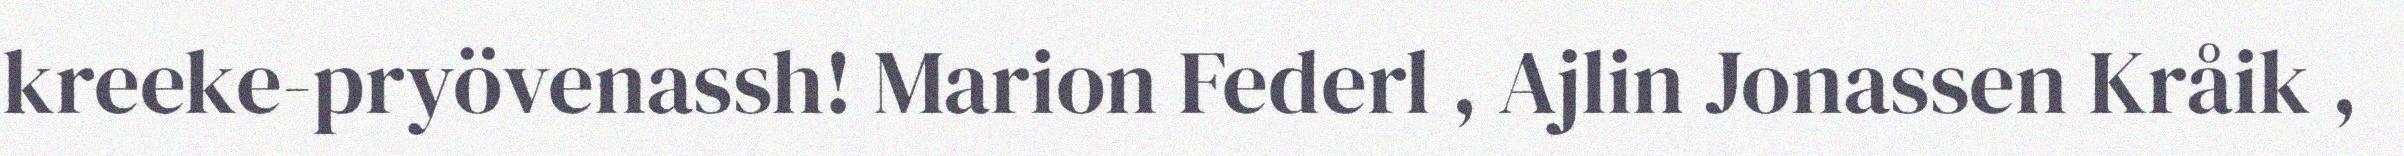
kreeke-pryövenassh! Marion Federl , Ajlin Jonassen Kråik ,